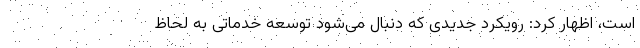
است، اظهار کرد: رویکرد جدیدی که دنبال می‌شود توسعه خدماتی به لحاظ